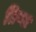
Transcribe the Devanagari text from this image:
तिग्गा